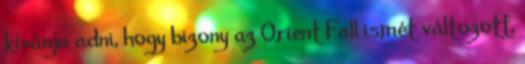
kívánja adni, hogy bizony az Orient Fall ismét változott,